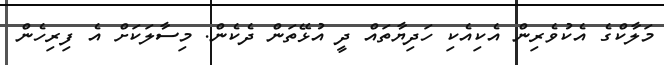
މަލާކްގެ އެކުވެރިން އެކިއެކި ހަދިޔާތައް ދީ އުޅޭތަން ދެކެން. މިސާލަކަށް އެ ފިރިހެން